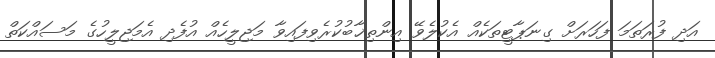
އަދި ފުރަތަމަ ފަހަރަށް ގިނަޕާޓީތަކެއް އެކުލެވޭ އިންތިޚާބުކުރެވިފައިވާ މަޖިލީހެއް އުފެދި އެމަޖިލީހުގެ މަސައްކަތް